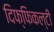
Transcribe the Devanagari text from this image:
दिफ्फिकल्टी